画像に写った文字を読んでください
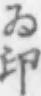
「ゐ印」と書いてあります